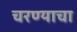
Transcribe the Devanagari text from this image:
चरण्याचा